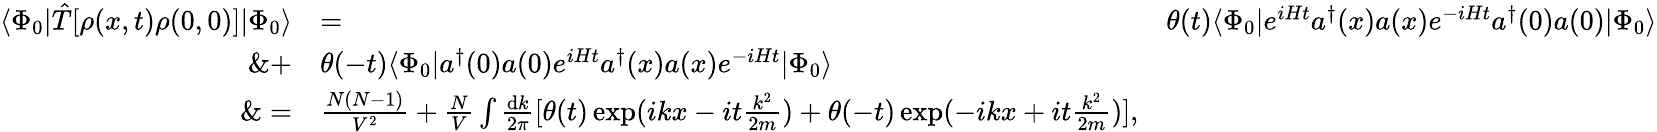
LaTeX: \begin{array}{rlr}{\langle\Phi_{0}\vert\hat{T}[\rho(x,t)\rho(0,0)]\vert\Phi_{0}\rangle}&{=}&{\theta(t)\langle\Phi_{0}\vert e^{iHt}a^{\dagger}(x)a(x)e^{-iHt}a^{\dagger}(0)a(0)\vert\Phi_{0}\rangle}\\ {\& +}&{\theta(-t)\langle\Phi_{0}\vert a^{\dagger}(0)a(0)e^{iHt}a^{\dagger}(x)a(x)e^{-iHt}\vert\Phi_{0}\rangle}\\ {\& =}&{\frac{N(N-1)}{V^{2}}+\frac{N}{V}\int\frac{\mathrm{d}k}{2\pi}[\theta(t)\exp(ikx-it\frac{k^{2}}{2m})+\theta(-t)\exp(-ikx+it\frac{k^{2}}{2m})],}\end{array}